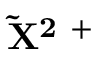
\mathbf { \tilde { X } ^ { 2 } \Sigma ^ { + } }